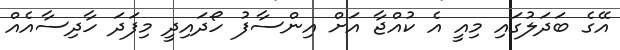
އޭގެ ބަދަލުގައި މިއީ އެ ކުއްޖާ އަށް އިންސާފު ހޯދައިދީ މިފަދަ ހާދިސާއެއް